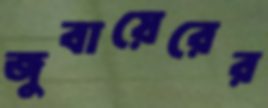
জুবায়েরের